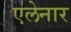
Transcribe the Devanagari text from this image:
एलेनार